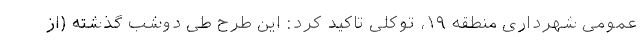
عمومی شهرداری منطقه ۱۹، توکلی تاکید کرد: این طرح طی دوشب گذشته (از